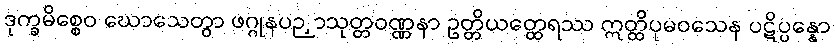
ဒုက္ခမိစ္စေဝ ဃောသေတွာ ဖဂ္ဂုနပဉှာသုတ္တဝဏ္ဏနာ ဥတ္တိယတ္ထေရဿ ဣတ္ထိပုမဝသေန ပဋိပ္ပန္နော